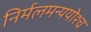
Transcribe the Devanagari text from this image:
निर्मलमन्ययोश्च